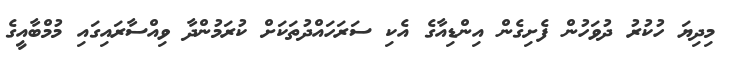
މިދިޔަ ހުކުރު ދުވަހުން ފެށިގެން އިންޑިއާގެ އެކި ސަރަހައްދުތަކަށް ކުރަމުންދާ ވިއްސާރައިގައި މުމްބާއީގެ